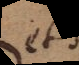
et